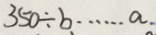
3 5 0 \div b \cdots a .